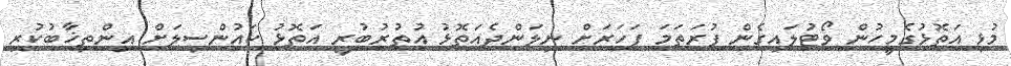
މުޅި އަތޮޅުގެމީހުން ވޯޓުލައިގެން ފުރަތަމަ ފަހަރަށް ނިލަންދެއަތޮޅު އުތުރުބުރީ އަތޮޅު ކައުންސިލަށް އިންތިޚާބުކުރި